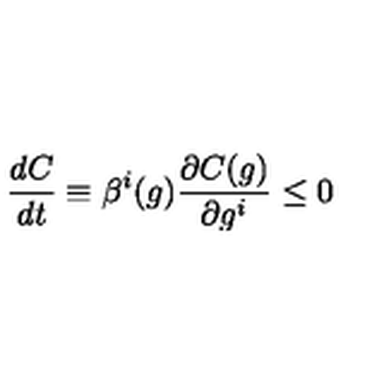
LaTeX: \frac { d C } { d t } \equiv \beta ^ { i } ( g ) \frac { \partial C ( g ) } { \partial g ^ { i } } \leq 0